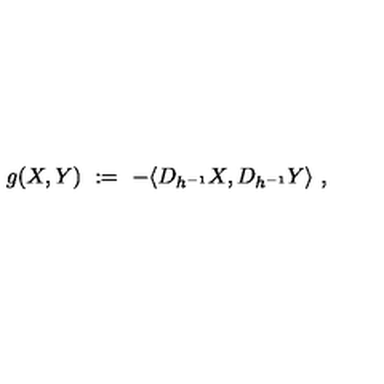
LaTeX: g ( X , Y ) \ : = \ - \langle D _ { h ^ { - 1 } } X , D _ { h ^ { - 1 } } Y \rangle \ ,